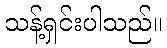
သန့်ရှင်းပါသည်။